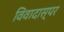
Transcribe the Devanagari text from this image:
विवादास्पर